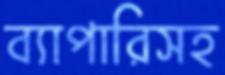
ব্যাপারিসহ